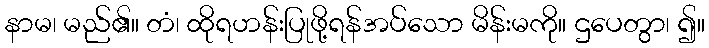
နာမ၊ မည်၏။ တံ၊ ထိုရဟန်းပြုဖို့ရန်အပ်သော မိန်းမကို။ ဌပေတွာ၊ ၍။